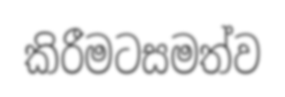
කිරීමටසමත්ව